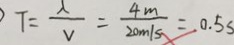
F = \frac { \lambda } { v } = \frac { 4 m } { 2 0 m / s } = 0 . 5 s